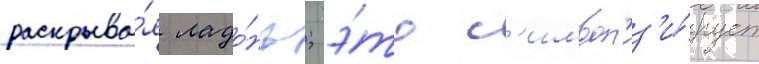
раскрыва́я ладо́нь; э́то с'имвол'из'и́рует